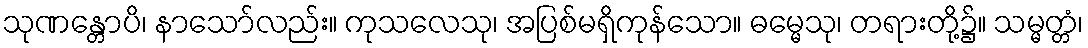
သုဏန္တောပိ၊ နာသော်လည်း။ ကုသလေသု၊ အပြစ်မရှိကုန်သော။ ဓမ္မေသု၊ တရားတို့၌။ သမ္မတ္တံ၊